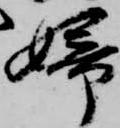
婦